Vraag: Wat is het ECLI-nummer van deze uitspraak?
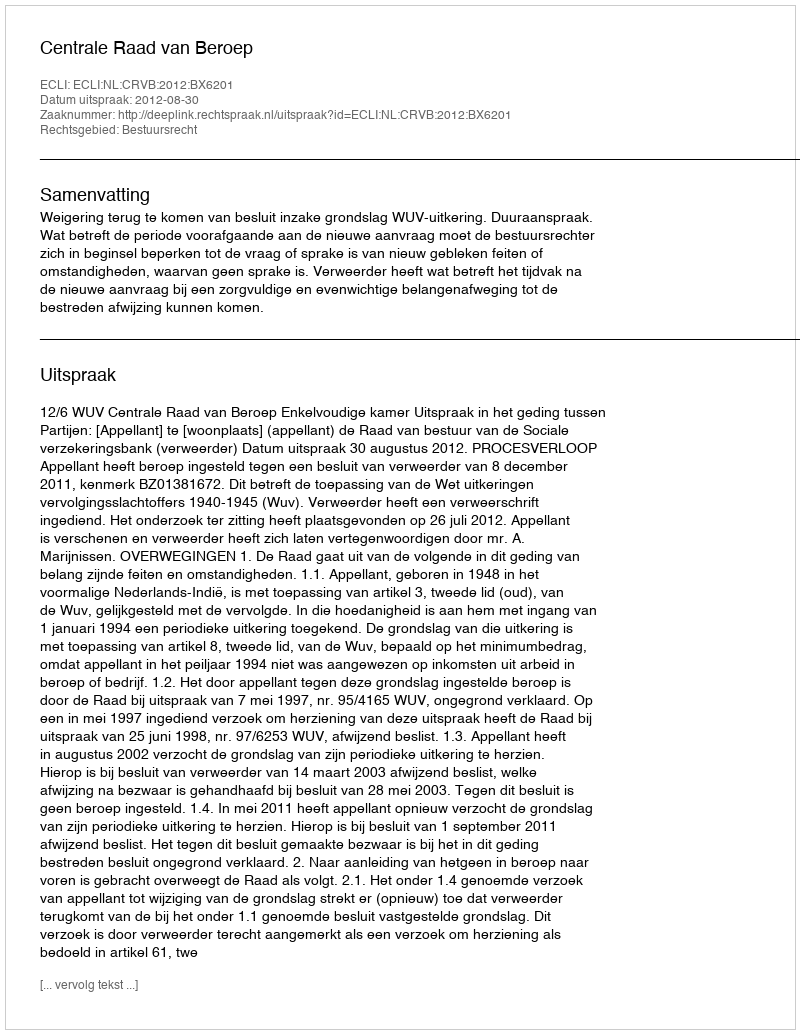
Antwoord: ECLI:NL:CRVB:2012:BX6201